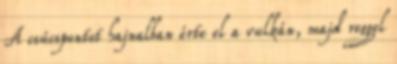
A csúcspontot hajnalban érte el a vulkán, majd reggel